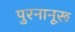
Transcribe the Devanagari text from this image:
पुरनानूरू